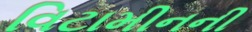
વિટામીનની